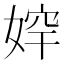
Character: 𡞛